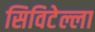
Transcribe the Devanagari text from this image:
सिविटेल्ला